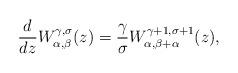
LaTeX: \begin{align*}\frac{d}{dz}W_{\alpha,\beta}^{\gamma,\sigma}(z)=\frac{\gamma}{\sigma}W_{\alpha,\beta+\alpha}^{\gamma+1,\sigma+1}(z),\end{align*}